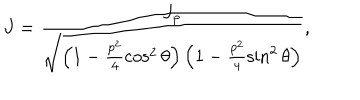
LaTeX: J = \frac { J _ { \mathrm { p } } } { \sqrt { \left( 1 - \frac { p ^ { 2 } } { 4 } \cos ^ { 2 } \theta \right) \left( 1 - \frac { p ^ { 2 } } { 4 } \sin ^ { 2 } \theta \right) } } ,